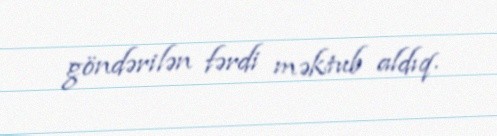
göndərilən fərdi məktub aldıq.